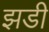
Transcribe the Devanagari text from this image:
झडी